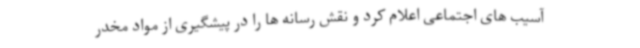
آسیب های اجتماعی اعلام کرد و نقش رسانه ها را در پیشگیری از مواد مخدر